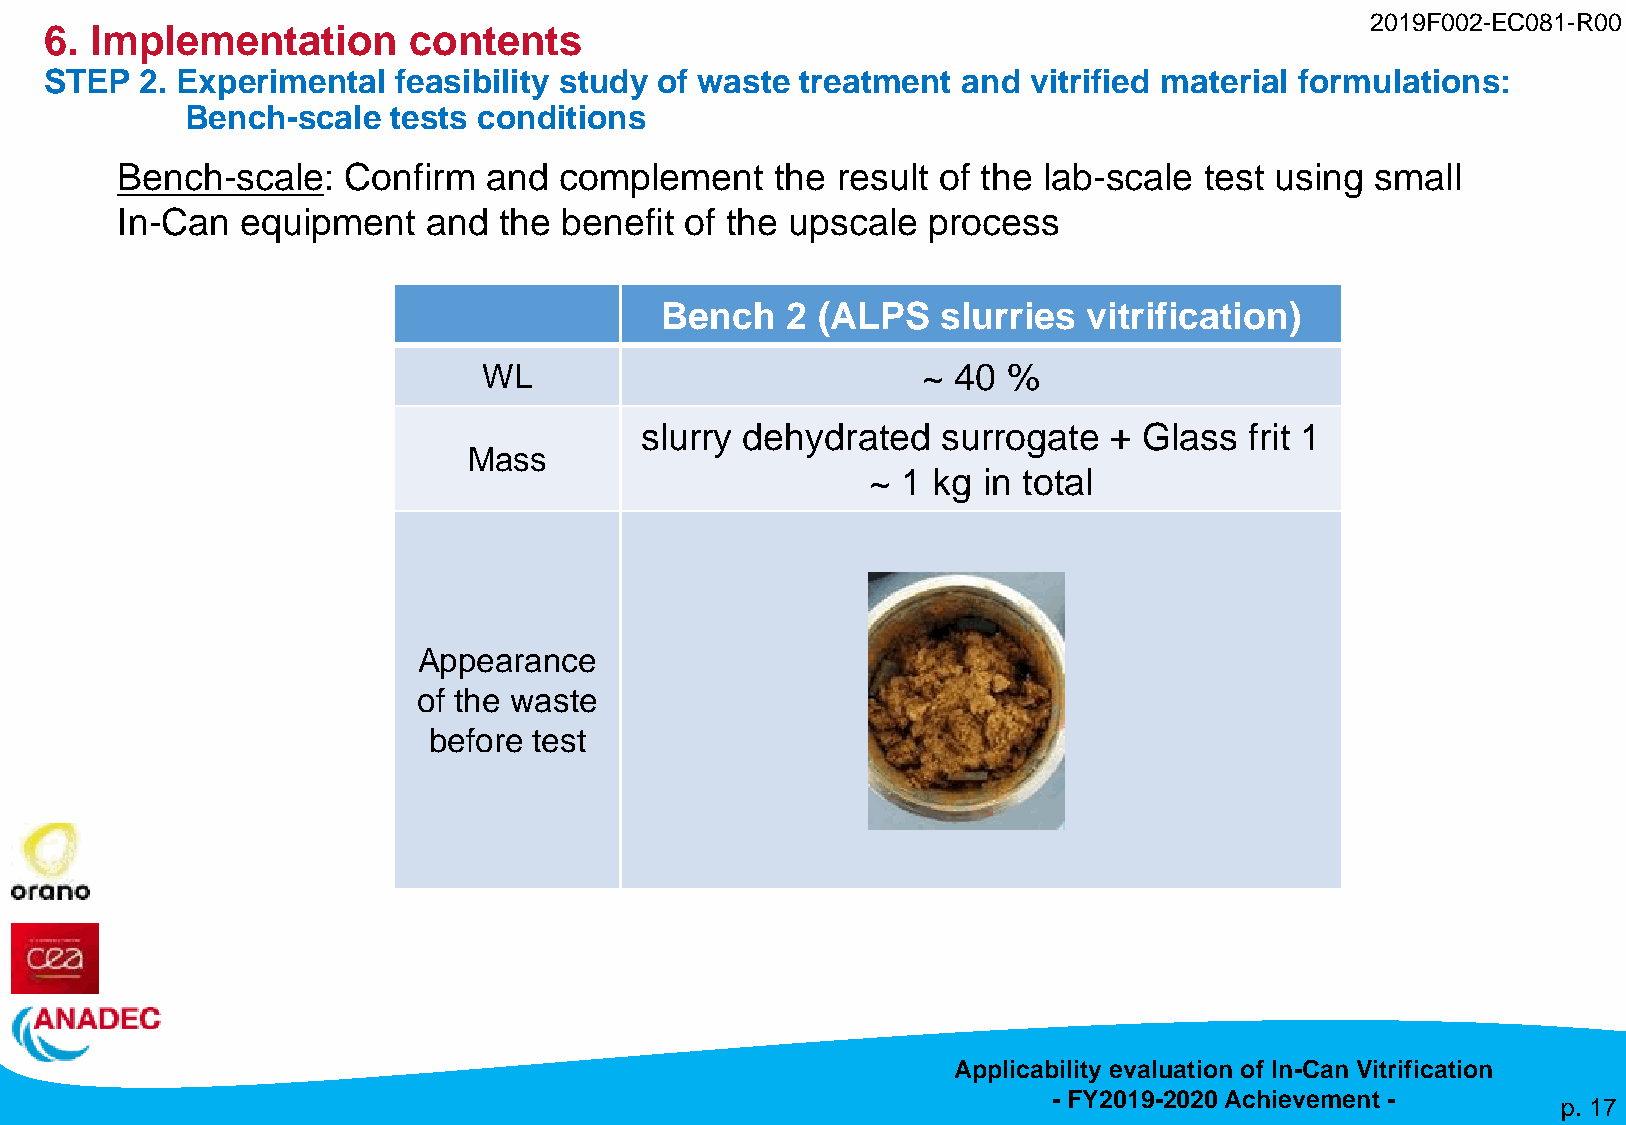
2019F002-EC081-R00
 6. Implementation       contents
 STEP  2. Experimental  feasibility study of waste treatment  and vitrified material formulations:
 Bench-scale   tests conditions
 Bench-scale:   Confirm  and  complement    the result of the lab-scale  test using small
 In-Can  equipment   and  the benefit of the upscale  process
 Bench   2 (ALPS   slurries  vitrification)
 WL                           ~ 40  %
 slurry dehydrated   surrogate  +  Glass  frit 1
 Mass
 ~ 1 kg in total
 Appearance
 of the waste
 before test
 Applicability evaluation of In-Can Vitrification
 - FY2019-2020 Achievement -
 p. 17